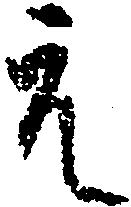
元